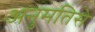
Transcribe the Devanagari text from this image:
अनुमतिसे